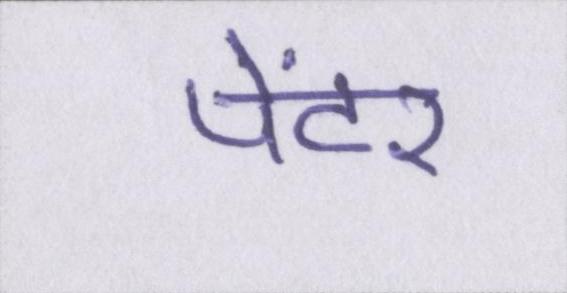
पेंटर